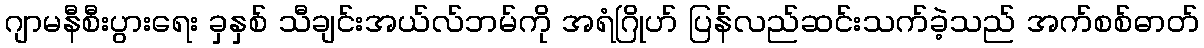
ဂျာမနီစီးပွားရေး ခှနှစ် သီချင်းအယ်လ်ဘမ်ကို အရံဂြိုဟ် ပြန်လည်ဆင်းသက်ခဲ့သည် အက်စစ်ဓာတ်